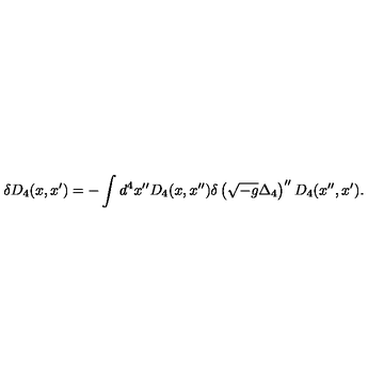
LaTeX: \delta D _ { 4 } ( x , x ^ { \prime } ) = - \int d ^ { 4 } x ^ { \prime \prime } D _ { 4 } ( x , x ^ { \prime \prime } ) \delta \left( \sqrt { - g } \Delta _ { 4 } \right) ^ { \prime \prime } D _ { 4 } ( x ^ { \prime \prime } , x ^ { \prime } ) .